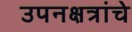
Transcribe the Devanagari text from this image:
उपनक्षत्रांचे